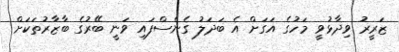
ޒަރީރު ވިދާޅުވީ މަހުގެ އަގަށް އެ ބަދަލު ގެނެސްފައި ވަނީ ބޭރުގެ ބާޒާރުތަކަށް